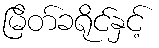
မြိတ်ခရိုင်နှင့်